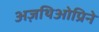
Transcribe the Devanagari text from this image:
अज़थिओप्रिने